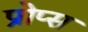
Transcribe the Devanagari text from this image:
प्रोप्स